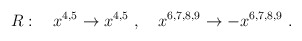
\begin{align*}R:\quad x^{4,5} \to x^{4,5} \ , \quad x^{6,7,8,9} \to - x^{6,7,8,9}\ .\end{align*}